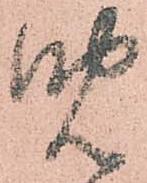
晩